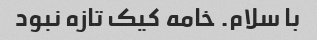
با سلام. خامه کیک تازه نبود